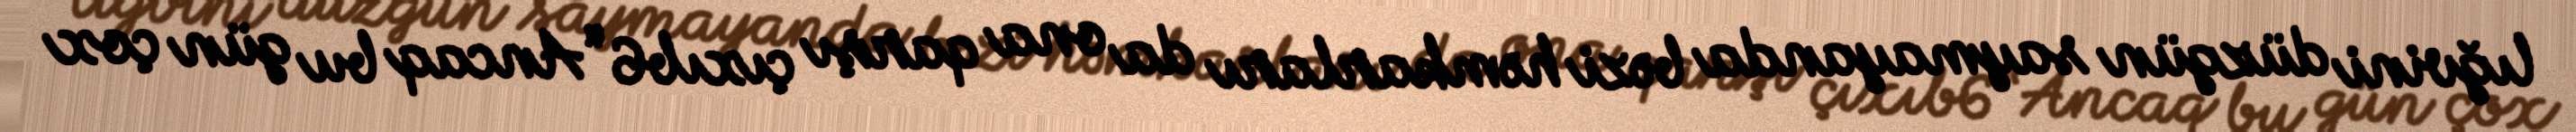
lığvini düzgün saymayanda bəzi həmkarları da ona qarşı çıxıb6 “Ancaq bu gün çox